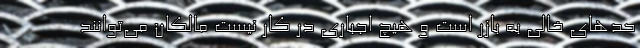
حد‌های خالی به بازر است و هیچ اجباری در کار نیست مالکان می‌توانند